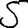
Digit: 5